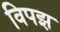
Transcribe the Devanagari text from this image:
विपझ